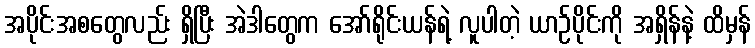
အပိုင်းအစတွေလည်း ရှိပြီး အဲဒါတွေက အော်ရိုင်းယန်ရဲ့ လူပါတဲ့ ယာဉ်ပိုင်းကို အရှိန်နဲ့ ထိမှန်